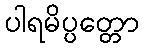
ပါရမိပ္ပတ္တော